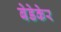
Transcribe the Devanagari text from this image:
बेडेकेर